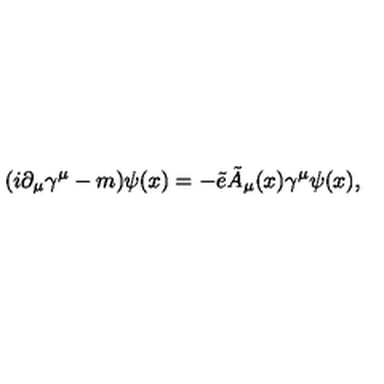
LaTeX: ( i \partial _ { \mu } \gamma ^ { \mu } - m ) \psi ( x ) = - { \tilde { e } } { \tilde { A } } _ { \mu } ( x ) \gamma ^ { \mu } \psi ( x ) ,